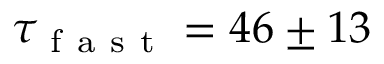
\tau _ { \mathrm { ~ f ~ a ~ s ~ t ~ } } = 4 6 \pm 1 3